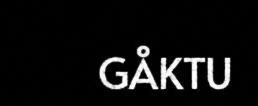
GÅKTU